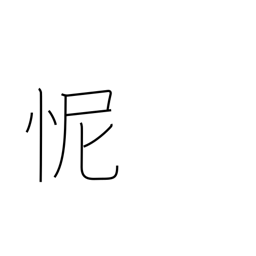
Meaning: shame